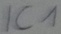
Text: IC1